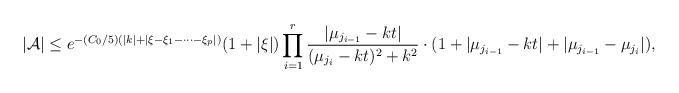
LaTeX: \begin{align*}|\mathcal{A}|\leq e^{-(C_0/5)(|k|+|\xi-\xi_1-\cdots-\xi_p|)}(1+|\xi|)\prod_{i=1}^r\frac{|\mu_{j_{i-1}}-kt|}{(\mu_{j_i}-kt)^2+k^2}\cdot(1+|\mu_{j_{i-1}}-kt|+|\mu_{j_{i-1}}-\mu_{j_i}|),\end{align*}